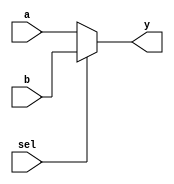
`timescale 1ns / 1ps
//////////////////////////////////////////////////////////////////////////////////
// Company: 
// Engineer: 
// 
// Design Name: 
// Module Name: mux4_!
// Project Name: 
// Target Devices: 
// Tool Versions: 
// Description: 
// 
// Dependencies: 
// 
// Revision:
// Revision 0.01 - File Created
// Additional Comments:
// 
//////////////////////////////////////////////////////////////////////////////////

module mux2_1(input a,b,sel,output y);
assign y=(sel==1'b0)?a:b;
endmodule

module mux4_1(
    input i0,
    input i1,
    input i2,
    input i3,
    input [1:0] sel,
    output y
    );
    wire t1,t2;
    
    mux2_1 mux1(.a(i0),.b(i1),.sel(sel[0]),.y(t1));
    mux2_1 mux2(.a(i2),.b(i3),.sel(sel[0]),.y(t2));
    mux2_1 mux3(.a(t1),.b(t2),.sel(sel[1]),.y(y));
endmodule